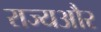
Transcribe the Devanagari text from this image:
राज्यऔर